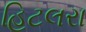
હિટલરા